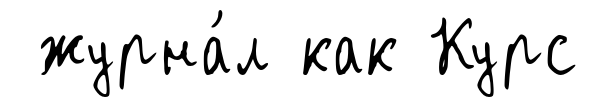
журна́л как Курс